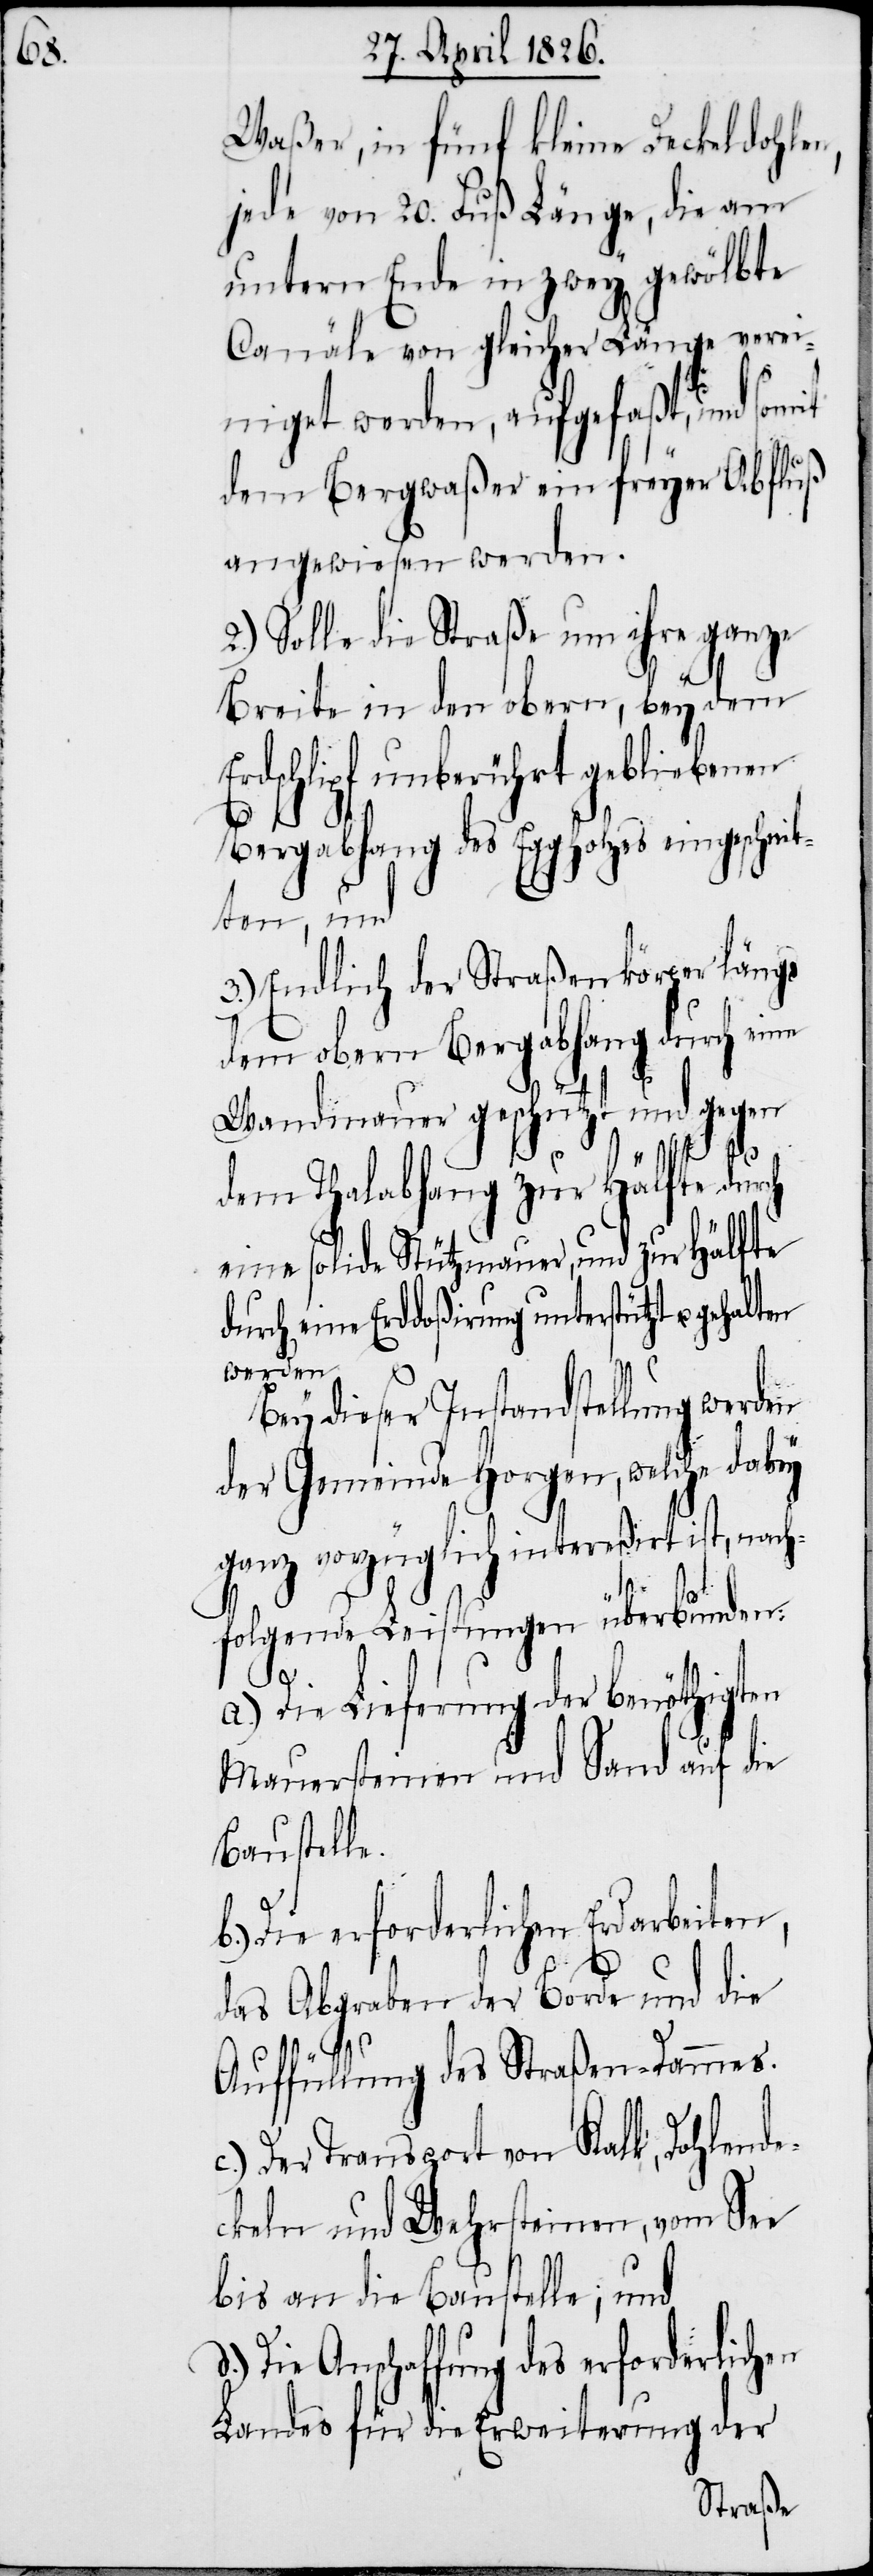
Waßer, in fünf kleine Deckeldohlen,
jede von 20. Fuß Länge, die am
untern Ende in zwey gewölbte
Canäle von gleicher Länge verei¬
t¬
nigt worden, aufgefaßt, und somit
dem Bergwaßer ein freyer Abfluß
angewiesen werden.
2.) Solle die Straße um ihre ganze
Breite in den obern, bey dem
Erdschlipf unberührt gebliebenen
Bergabhang des Eggholzes eingeschni¬
ten, und
3.) Endlich der Straßenkörper längs
dem obern Bergabhang durch eine
Wandmauer geschützt und gegen
dem Thalabhang zur Hälfte durch
eine solide Stützmauer, und zur Hälfte
durch eine Erddoßirung unterstützt
u.
werden.
Bey dieser Instandstellung werden
der Gemeinde Horgen, welche dabey
ganz vorzüglich intereßirt ist, nach¬
d.)
folgende Leistungen überbunden:
Die Lieferung der benöthigten
Mauersteinen und Sand auf die
Baustell¬
Die erforderlichen Endarbeiten,
b.)
das Abgraben der Borde und die
e.
Auffüllung des Straßen-Dammes.
Der Transport von Kalk, Dohlende¬
ckeln und Wehrsteinen, vom See
bis an die Baustelle; und
Die Anschaffung des erforderlichen
Landes für die Erweiterung der